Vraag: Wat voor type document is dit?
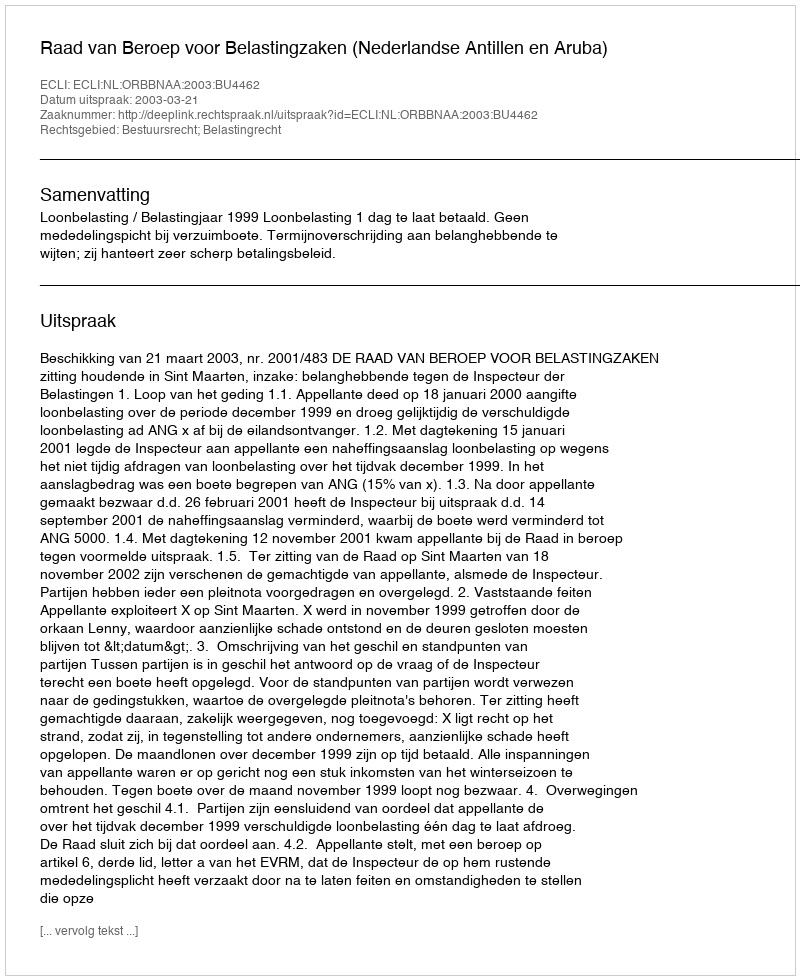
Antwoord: Uitspraak